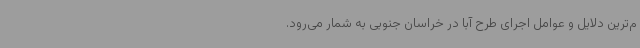
م‌ترین دلایل و عوامل اجرای طرح آبا در خراسان جنوبی به شمار می‌رود.